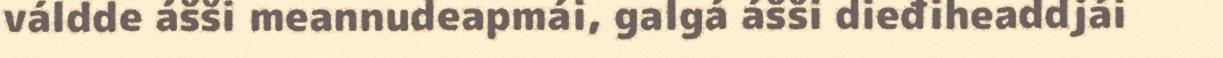
váldde ášši meannudeapmái, galgá ášši dieđiheaddjái